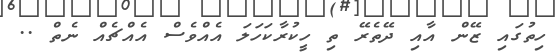
ހިތުގައި ޒޭން އާއި ދޭތެރޭ ތި ހީކުރާކަހަލަ އެއްވެސް އެއްޗެއް ނެތް ..